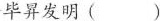
毕昇发明 ()